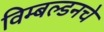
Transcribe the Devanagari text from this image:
विम्बल्डनचे